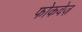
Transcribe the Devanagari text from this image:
फोकवेज़